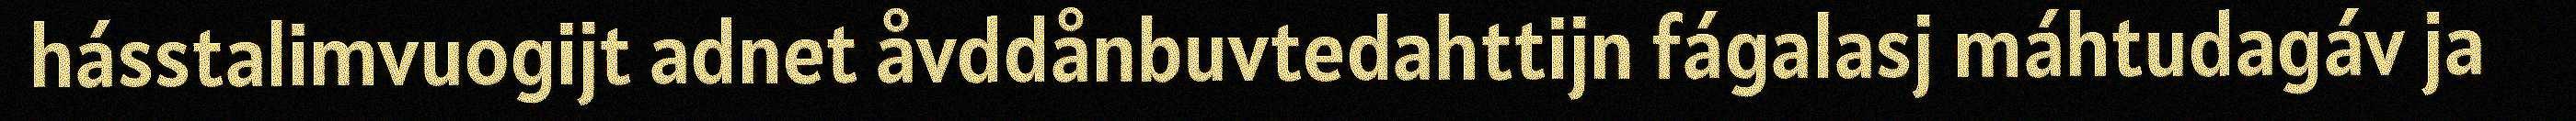
hásstalimvuogijt adnet åvddånbuvtedahttijn fágalasj máhtudagáv ja